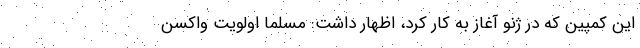
این کمپین که در ژنو آغاز به کار کرد، اظهار داشت: مسلما اولویت واکسن